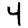
Digit: 4